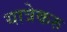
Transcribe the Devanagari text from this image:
यात्रेकरु